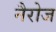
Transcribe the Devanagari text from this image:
नैरोज